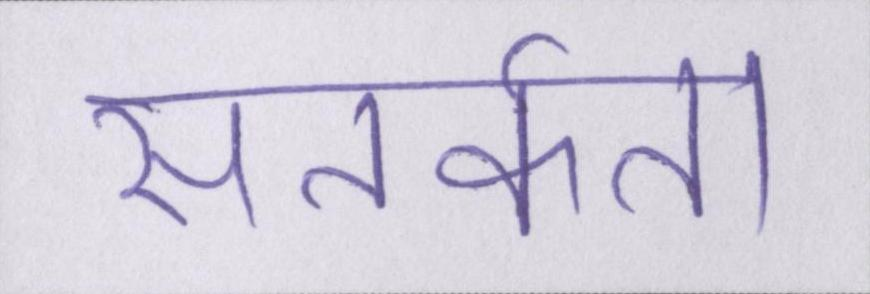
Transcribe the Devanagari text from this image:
सतर्कता